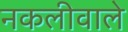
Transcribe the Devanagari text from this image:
नकलीवाले